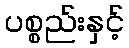
ပစ္စည်းနှင့်